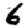
Digit: 6